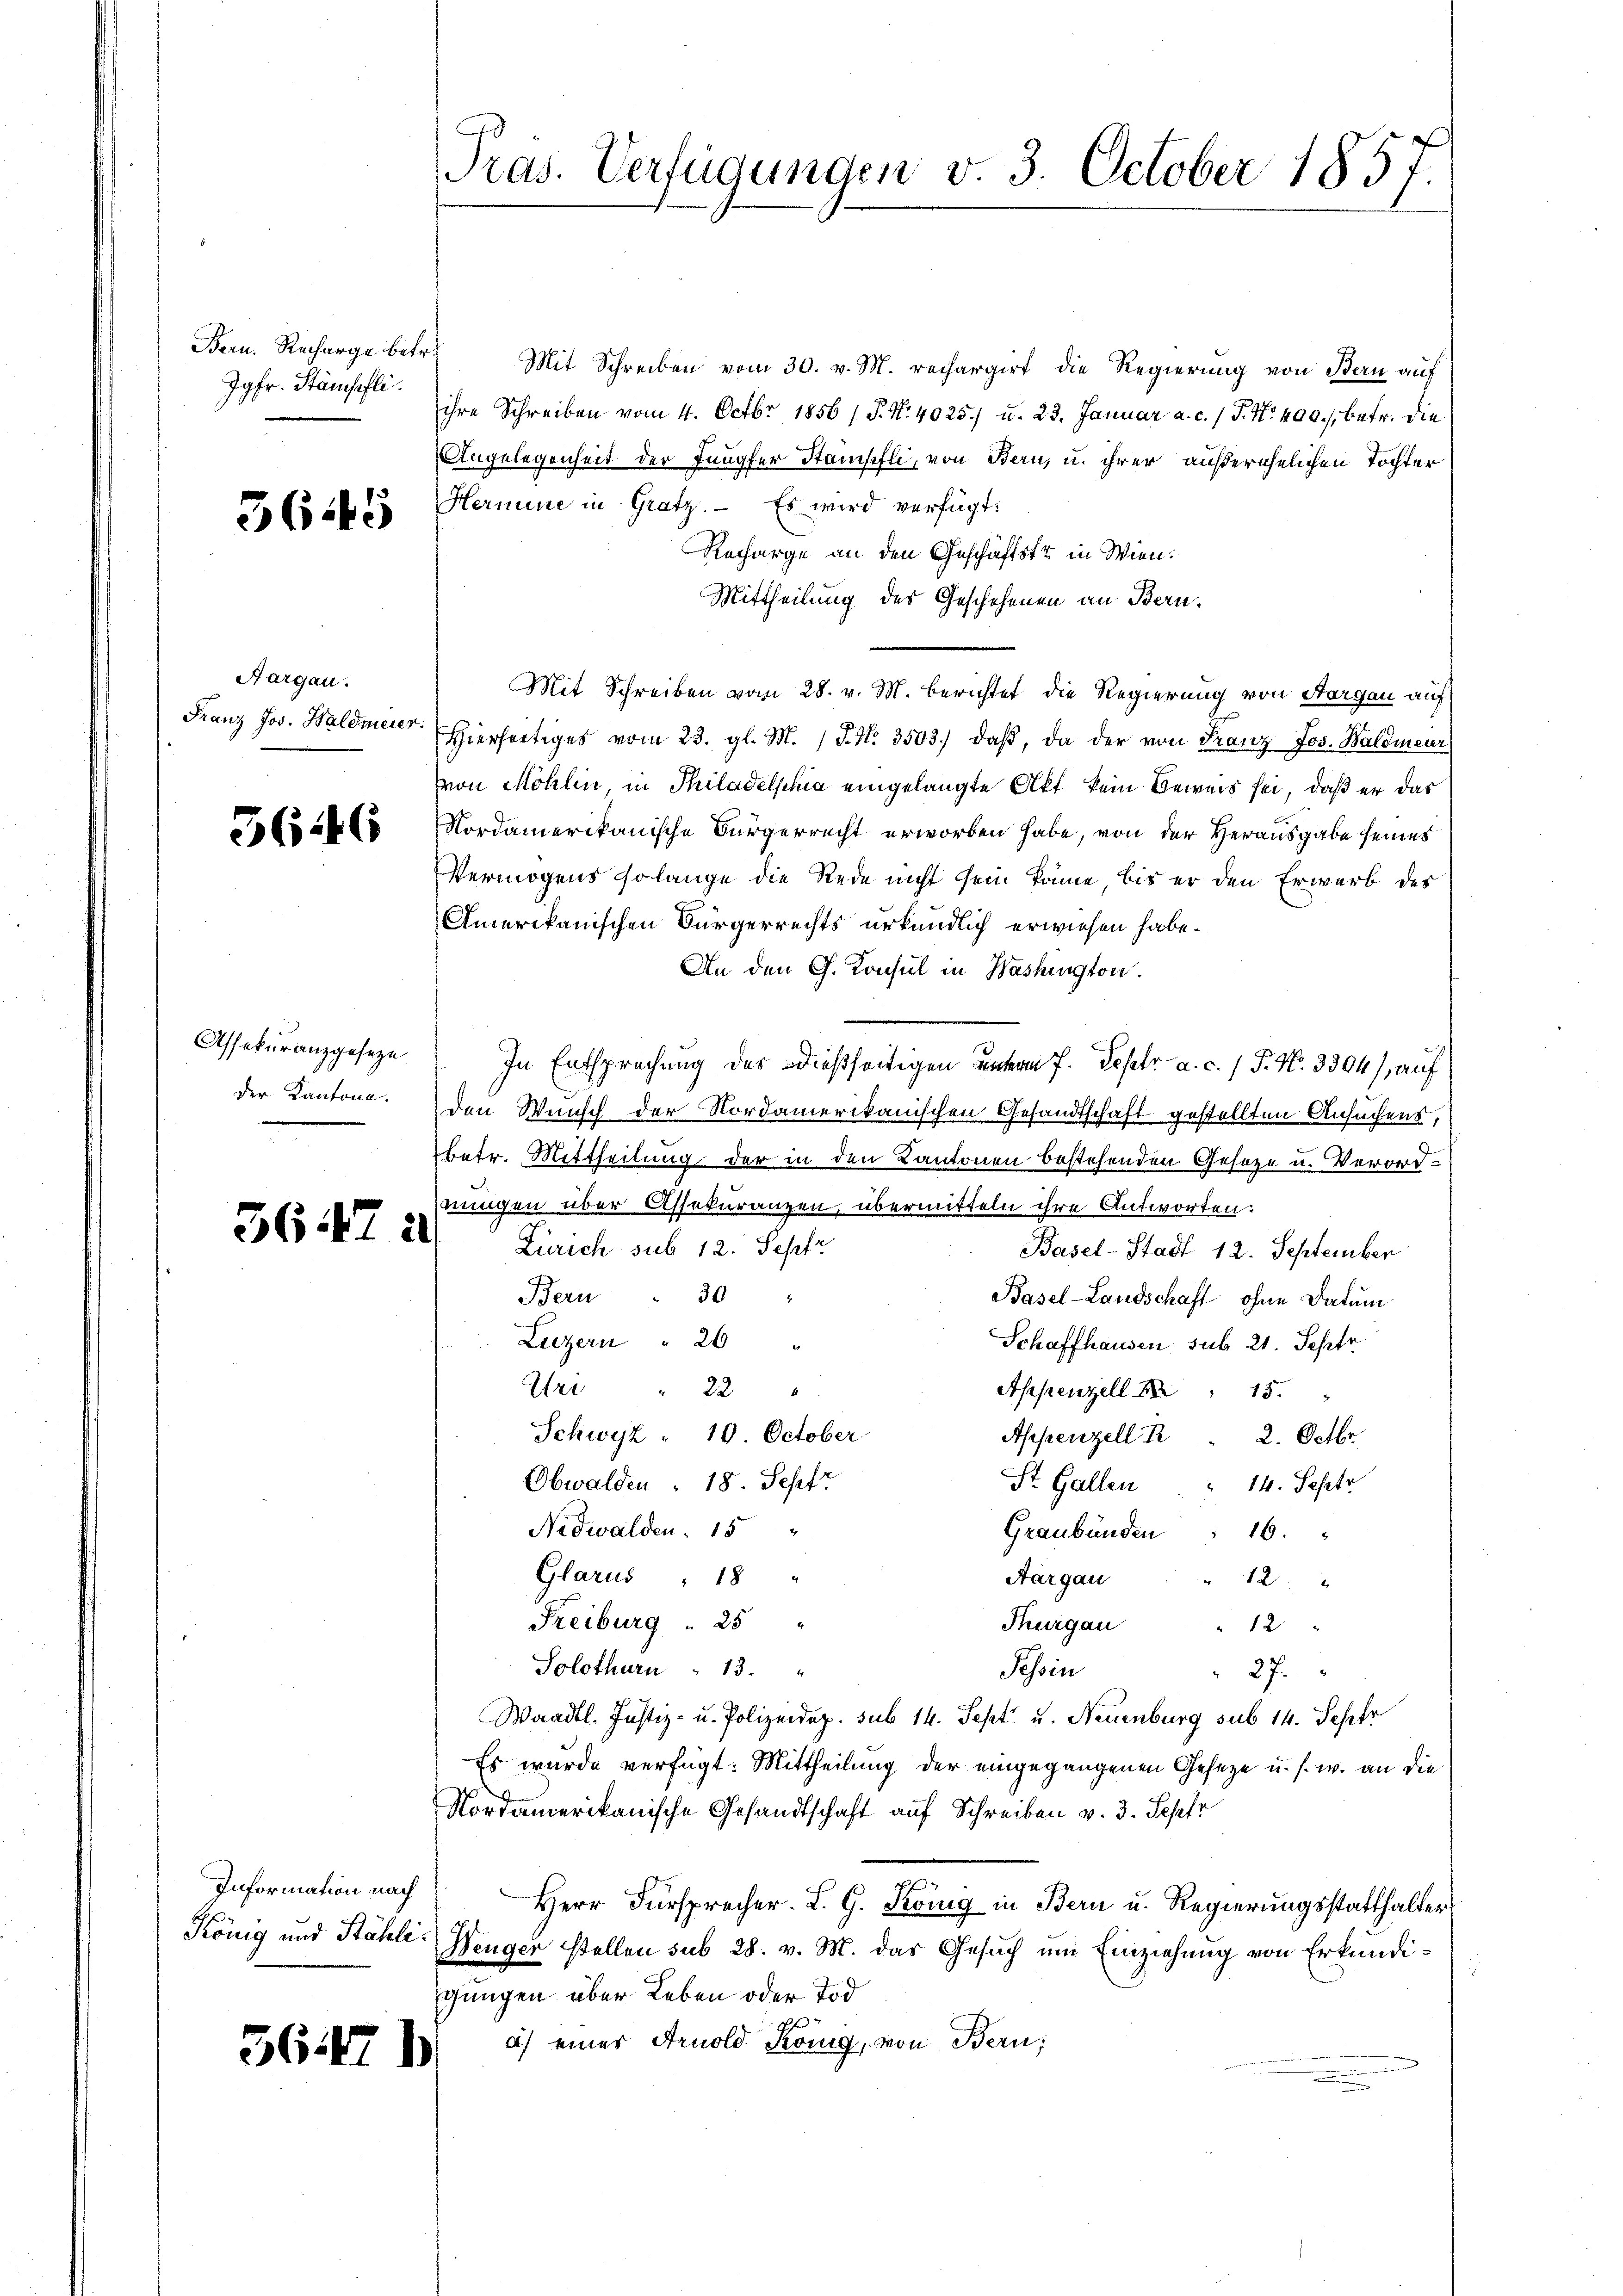
Bern. Recharge betr.
Jgfr. Stämsehli.

3645

Aargau.

5646

Assekuranzgeseze
der Kantone.

3647 a

Information nach
König und Stähli

3614

Pras. Verfügungen v. 3. October 1857.

Mit Schreiben vom 30. v. M. rechargirt die Regierung von Bern auf
ihre Schreiben vom 4. Octbr. 1856 / P. Nr. 4025) u. 23. Januar a. c. 1 P. Nr. 400. betr. die
Angelegenheit der Jungfer Stanschli, von Bern, u. ihrer außerehelichen Tochter
Hermine in Gratz. Es wird verfügt:
Recharge an den Geschäftste in Wien.
Mittheilung des Geschehenen an Bern.
Mit Schreiben vom 28. v. M. berichtet die Regierung von Sargau auf
Franz Jos. Waldmeier hierseitiges vom 23. gl. M. (T. N. 3503) daß, da der von Franz Jos. Baldmeur
von Möhlin, in Philadelphia eingelangte Akt kein Beweis sei, daß er das
Nordamerikanische Bürgerrecht erworben habe, von der Herausgabe seines
Vermögens solange die Rede nicht sein könne, bis er den Erwerb des
Amerikanischen Bürgerrechts urkundlich erwiesen habe.
An den G. Konsul in Washington.
In Entsprechung des dießseitigen unterm 7. Septr a. c. 1 P. N. 3304), auf
den Wunsch der Nordamerikanischen Gesandtschaft gestellten Ansuchens,
betr. Mittheilung der in den Kantonen bestehenden Geseze u. Verordnungen über Assekuranzen, übermitteln ihre Antworten:
Zürich sub 12. Sept
Basel-Stadt 12. September
Bern : 30 "
Basel-Landschaft ohne Datum
Liezern " 26 "
Schaffhausen, sub 21. Septr.
Uri " 22 "
Appenzell " 15.
Schwyz 10. October
Appenzell  "  2. Octbr.
Obwalden : 18. Sept.
St. Gallen " 14. Septr
Nidwalden 15
Graubünden 16.
Glarus " 18 "
Aargau
12
Freiburg  25 "
Thurgau
"12
Solothurn : 13. "
Tessin
27.
Waadt. Justiz- u. Polizeidep. sub 14. Sept. u. Neuenburg sub 14. Sephr
Es wurde verfügt: Mittheilung der eingegangenen Geseze u. s. w. an die
Nordamerikanische Gesandtschaft auf Schreiben v. 3. Sept
Herr Fürsprecher. L. G. König in Bern u. Regierungsstatthalters
Benger stellen sub 28. v. M. das Gesuch um Einziehung von Erkundigungen über Leben oder Tod
a) einer Arnold König, von Bern;
1